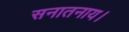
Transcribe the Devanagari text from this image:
सनातनाय।